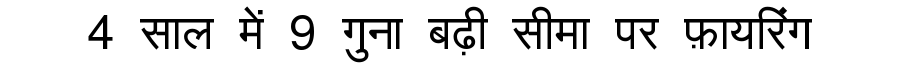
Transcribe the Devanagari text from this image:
4 साल में 9 गुना बढ़ी सीमा पर फ़ायरिंग